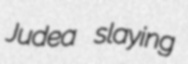
Judea slaying